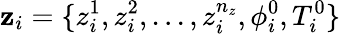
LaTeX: \mathbf z_{i}=\{ z_{i}^{1},z_{i}^{2},...,z_{i}^{n_{z}},\phi_{i}^{0},T_{i}^{0}\}